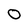
Character: O